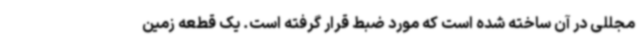
مجللی در آن ساخته شده است که مورد ضبط قرار گرفته است. یک قطعه زمین